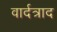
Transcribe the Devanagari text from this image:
वार्दत्राद